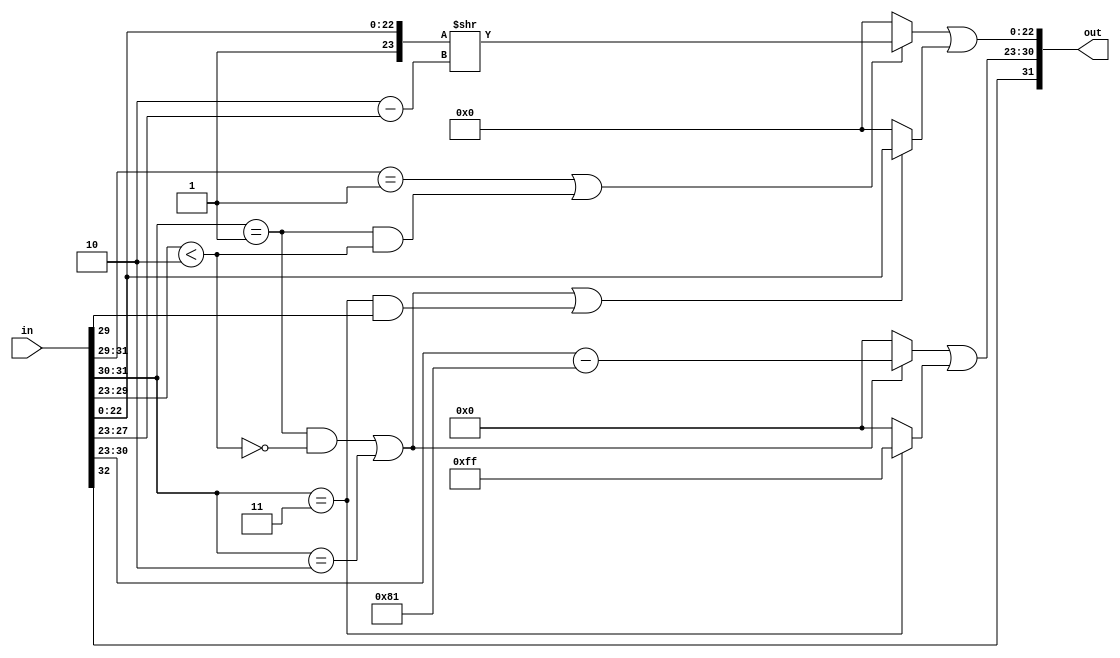

//*** THIS MODULE HAS NOT BEEN FULLY OPTIMIZED.

module recodedFloat32ToFloat32( in, out );

    input  [32:0] in;
    output [31:0] out;

    /*------------------------------------------------------------------------
    *------------------------------------------------------------------------*/
    wire        sign;
    wire [8:0]  expIn;
    wire [22:0] fractIn;
    wire        exp01_isHighSubnormalIn;
    wire        isSubnormal, isNormal, isSpecial, isNaN;

    wire [4:0]  denormShiftDist;
    wire [22:0] subnormal_fractOut;
    wire [7:0]  normal_expOut;

    wire [7:0]  expOut;
    wire [22:0] fractOut;
    wire [31:0] out;

    /*------------------------------------------------------------------------
    *------------------------------------------------------------------------*/
    assign sign    = in[32];
    assign expIn   = in[31:23];
    assign fractIn = in[22:0];
    assign exp01_isHighSubnormalIn = ( expIn[6:0] < 2 );
    assign isSubnormal =
        ( expIn[8:6] == 3'b001 )
            | ( ( expIn[8:7] == 2'b01 ) & exp01_isHighSubnormalIn );
    assign isNormal =
        ( ( expIn[8:7] == 2'b01 ) & ~ exp01_isHighSubnormalIn )
            | ( expIn[8:7] == 2'b10 );
    assign isSpecial = ( expIn[8:7] == 2'b11 );
    assign isNaN = isSpecial & expIn[6];

    assign denormShiftDist = 2 - expIn[4:0];
    assign subnormal_fractOut = {1'b1, fractIn}>>denormShiftDist;
    assign normal_expOut = expIn - 9'b010000001;

    assign expOut =
        ( isNormal ? normal_expOut : 0 ) | ( isSpecial ? 8'b11111111 : 0 );
    assign fractOut =
          ( isSubnormal      ? subnormal_fractOut : 0 )
        | ( isNormal | isNaN ? fractIn            : 0 );
    assign out = {sign, expOut, fractOut};

endmodule